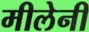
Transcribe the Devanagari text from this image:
मीलेनी